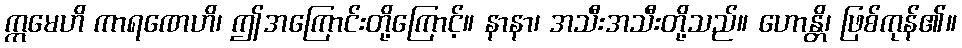
ဣမေဟိ ကာရဏေဟိ၊ ဤအကြောင်းတို့ကြောင့်။ နာနာ၊ အသီးအသီးတို့သည်။ ဟောန္တိ၊ ဖြစ်ကုန်၏။